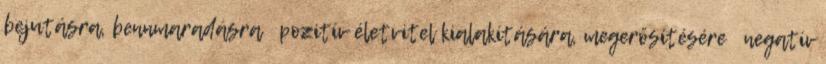
bejutásra, bennmaradásra  pozitív életvitel kialakítására, megerősítésére  negatív